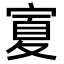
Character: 𭔆